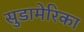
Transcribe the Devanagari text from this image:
सुडामेरिका